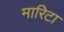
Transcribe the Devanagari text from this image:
मारिटा